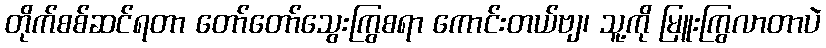
တိုက်စစ်ဆင်ရတာ တော်တော်သွေးကြွစရာ ကောင်းတယ်ဗျ၊ သူ့ကို မြူးကြွလာတာပဲ